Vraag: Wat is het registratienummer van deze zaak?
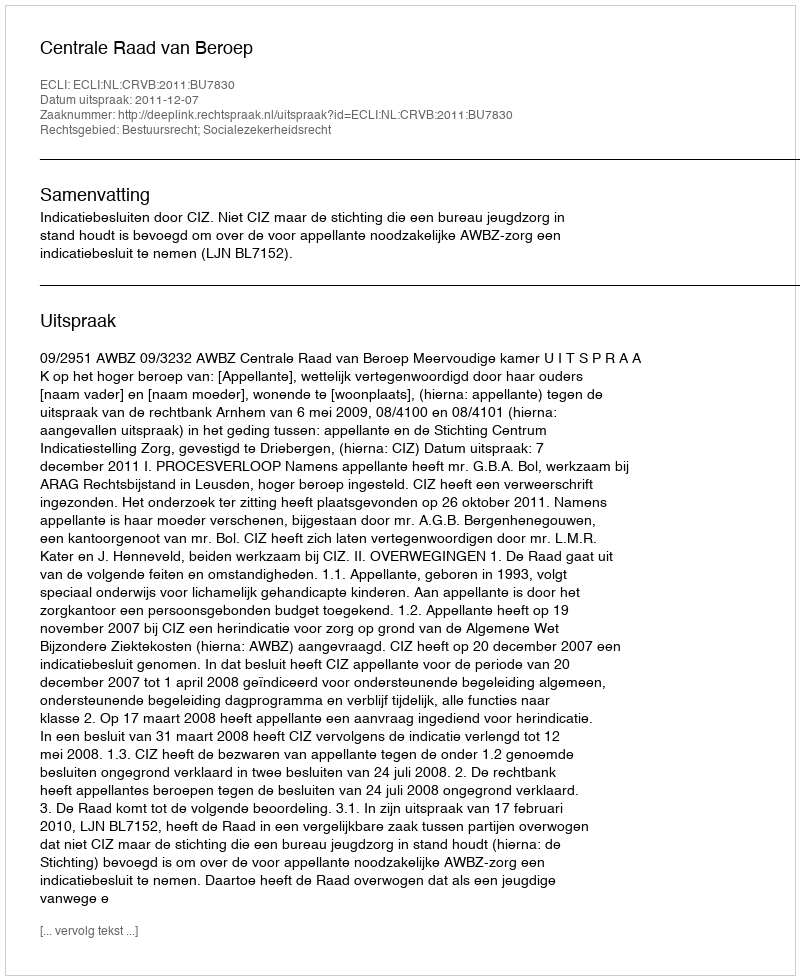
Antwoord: http://deeplink.rechtspraak.nl/uitspraak?id=ECLI:NL:CRVB:2011:BU7830